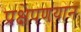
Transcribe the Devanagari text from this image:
प्रक्षेपणयान